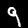
Label: 9